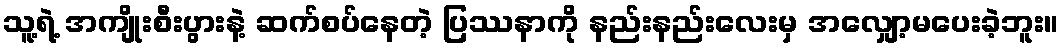
သူ့ရဲ့ အကျိုးစီးပွားနဲ့ ဆက်စပ်နေတဲ့ ပြဿနာကို နည်းနည်းလေးမှ အလျှော့မပေးခဲ့ဘူး။